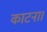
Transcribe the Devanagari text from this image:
काटना।